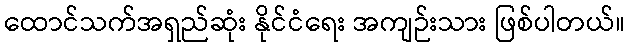
ထောင်သက်အရှည်ဆုံး နိုင်ငံရေး အကျဉ်းသား ဖြစ်ပါတယ်။